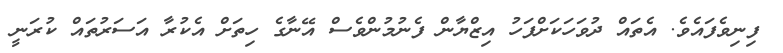
ފިނިވެފައެވެ. އެތައް ދުވަހަކަށްފަހު އިޒްޔާން ފެނުމުންވެސް އޭނާގެ ހިތަށް އެކުރާ އަސަރުތައް ކުރަނީ